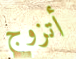
أتزوج